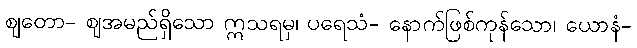
ဈတော- ဈအမည်ရှိသော ဣသရမှ၊ ပရေသံ- နောက်ဖြစ်ကုန်သော၊ ယောနံ-